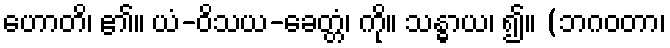
ဟောတိ၊ ၏။ ယံ-ဝိသယ-ခေတ္တံ၊ ကို။ သန္ဓာယ၊ ၍။ (ဘဂဝတာ၊